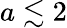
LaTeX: a\lesssim 2